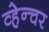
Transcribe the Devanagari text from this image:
व्हेन्चर